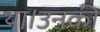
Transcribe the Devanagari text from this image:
था।उनकी